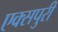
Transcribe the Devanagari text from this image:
एक्‍सपुरी